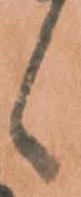
候